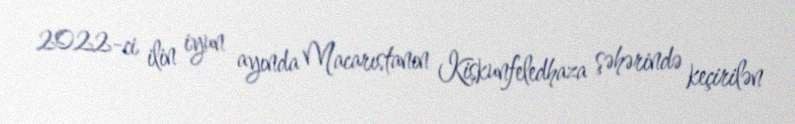
2022-ci ilin iyun ayında Macarıstanın Kiskunfeledhaza şəhərində keçirilən